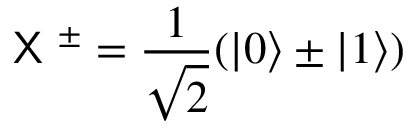
\textsf { X } ^ { \pm } = \frac { 1 } { \sqrt { 2 } } ( \vert 0 \rangle \pm \vert 1 \rangle )